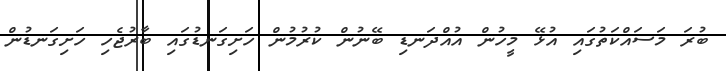
ބުރަ މަސައްކަތުގައި އުޅޭ މީހުން އުއްދަނޑި ބޭނުން ކުރުމުން ހަށިގަނޑުގައި ބާރުޖެހި ހަށިގަނޑުން